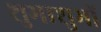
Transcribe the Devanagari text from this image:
शुभाशुभों